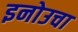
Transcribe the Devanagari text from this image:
इनोउचा